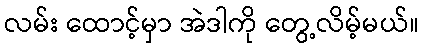
လမ်း ထောင့်မှာ အဲဒါကို တွေ့လိမ့်မယ်။